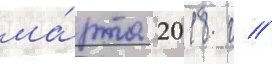
ма́рта 2018 г //